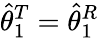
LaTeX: \widehat{\theta}_{1}^{T}=\widehat{\theta}_{1}^{R}